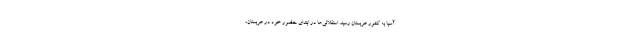
آسیا به کشور عربستان رسید. استقلالی‌ها در ابتدای حضور خود در عربستان،